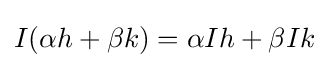
I(\alpha h+\beta k)=\alpha Ih+\beta Ik